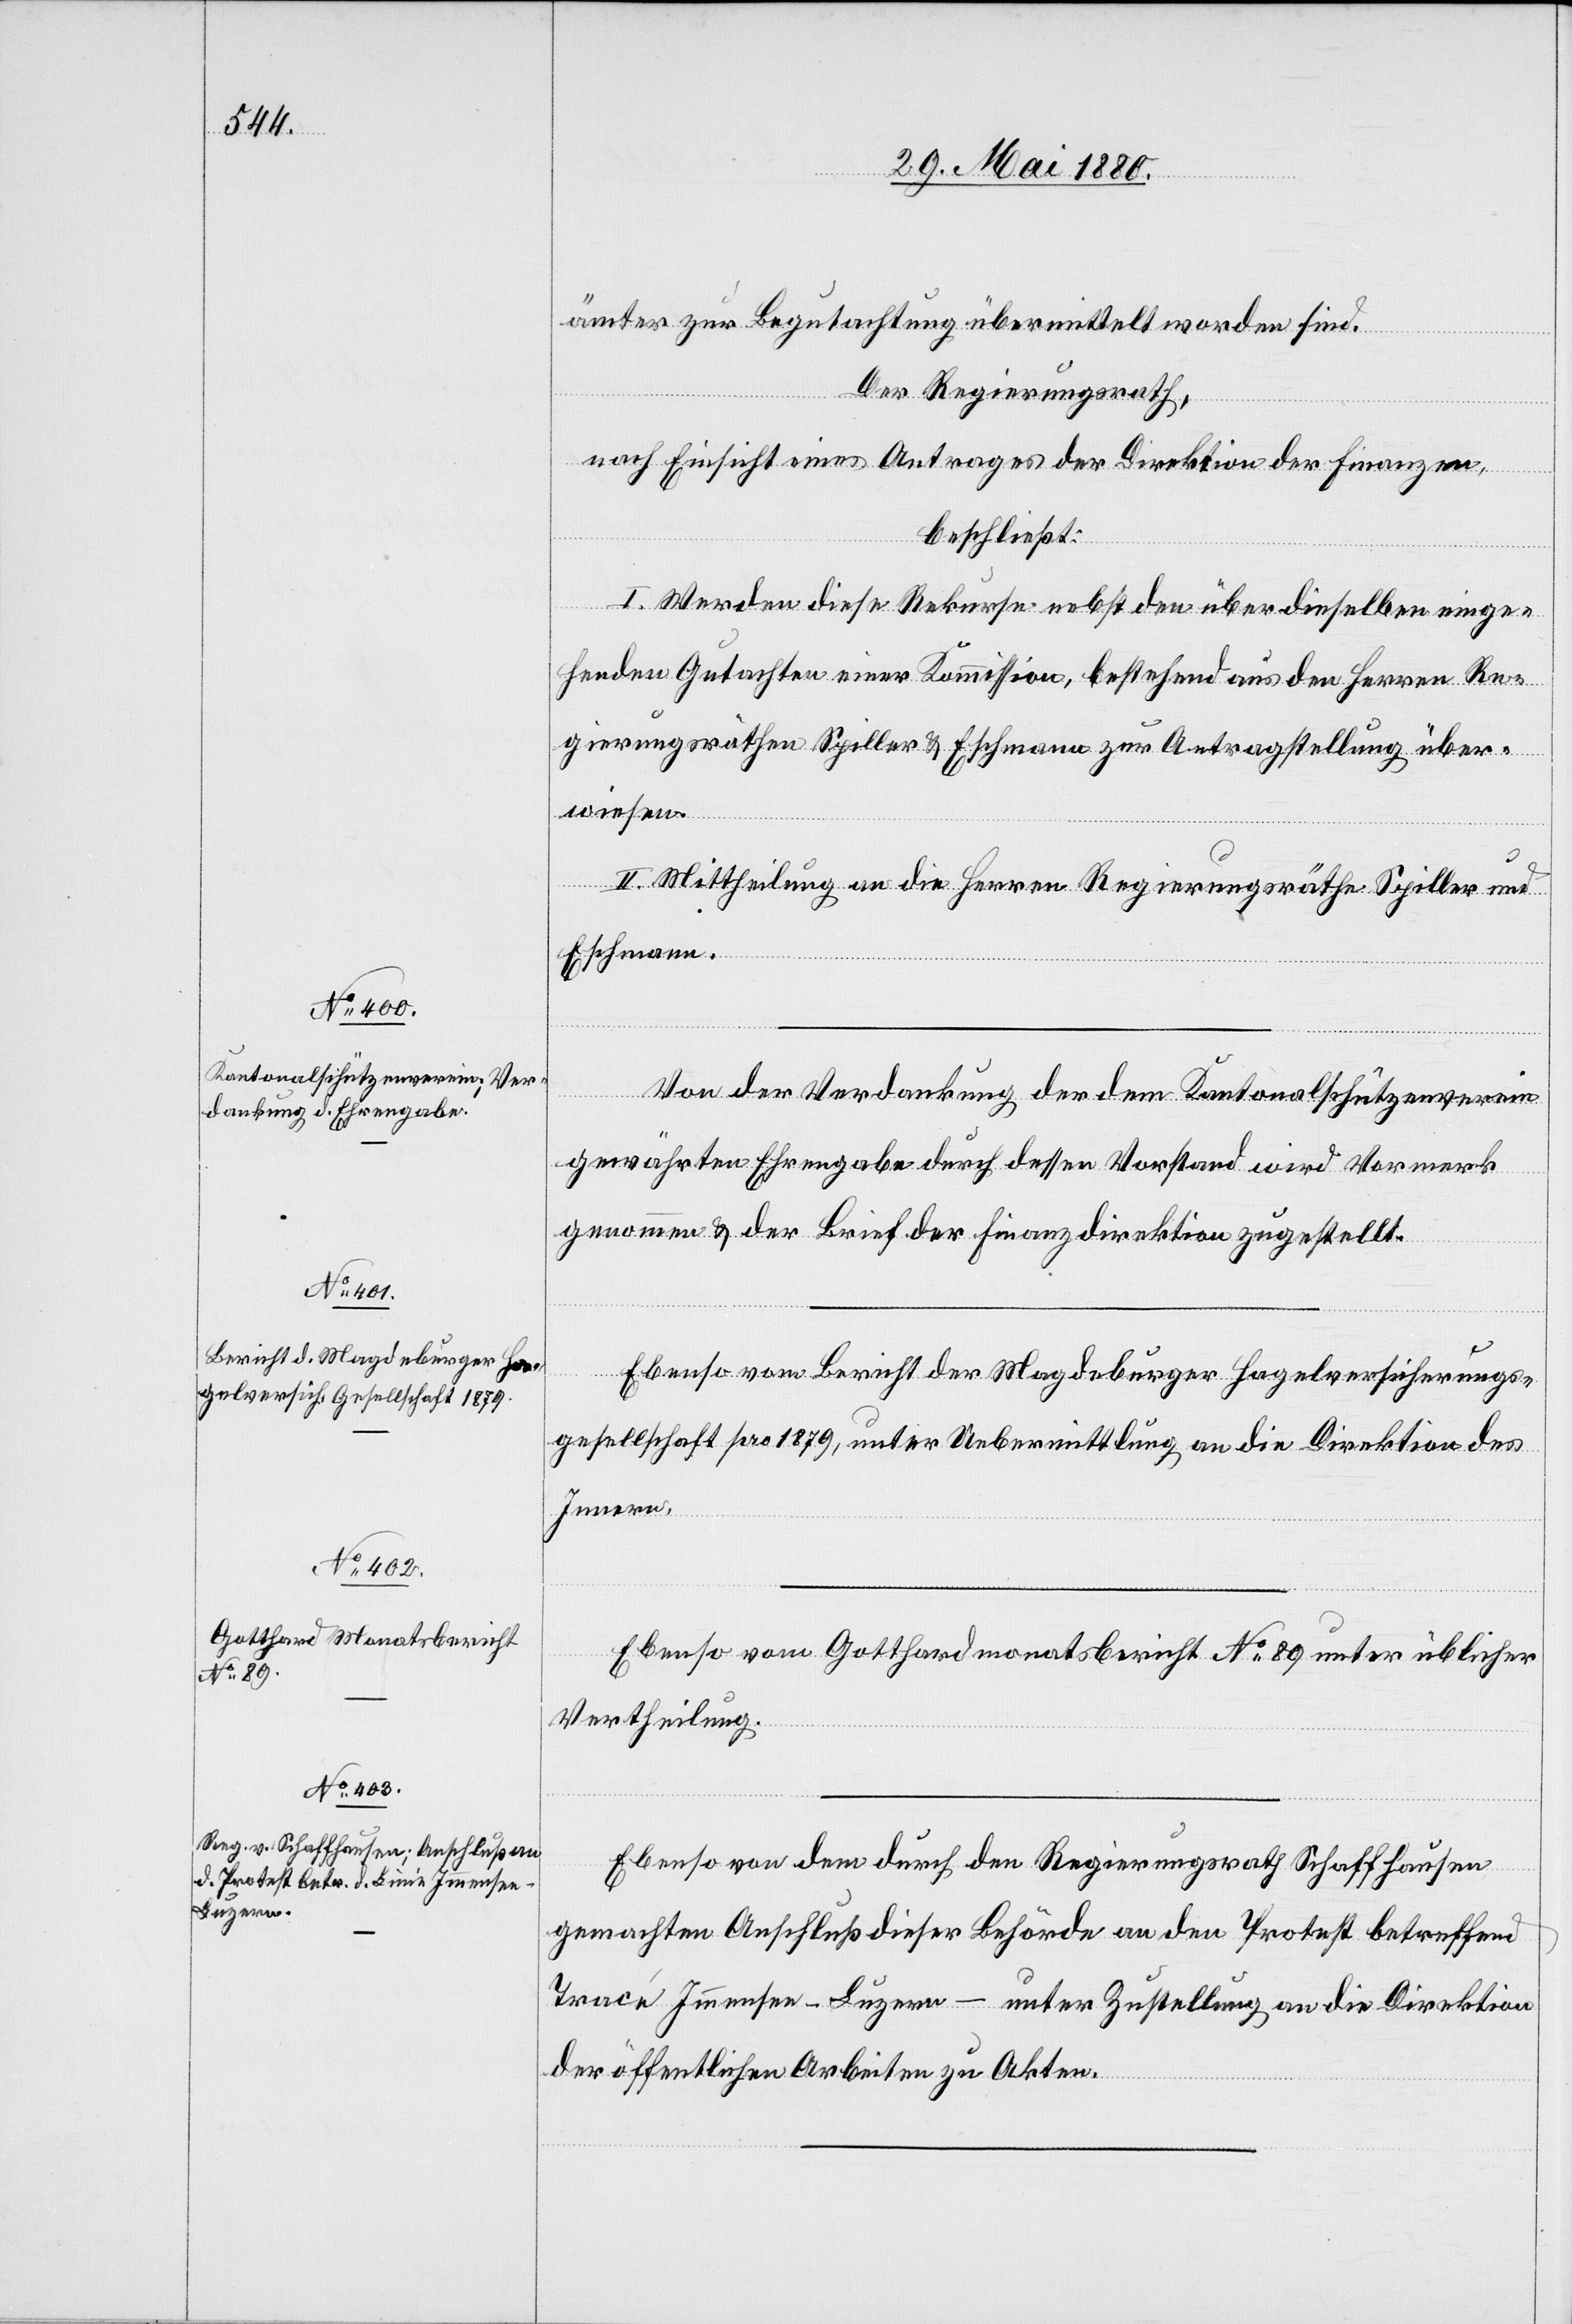
ämter zur Begutachtung übermittelt worden sind.
Der Regierungsrath,
nach Einsicht eines Antrages der Direktion der Finanzen,
beschließt:
I. Werden diese Rekurse nebst den über dieselben einge¬
henden Gutachten einer Kommission, bestehend aus den Herren Re¬
gierungsräthen Spiller & Eschmann zur Antragstellung über¬
wiesen.
II. Mittheilung an die Herren Regierungsräthe Spiller und
Eschmann.
Von der Verdankung der dem Kantonalschützenverein
gewährten Ehrengabe durch dessen Vorstand wird Vormerk
[For¬
genommen & der Brief der Finanzdirektion zugestellt.
Ebenso vom Bericht der Magdeburger Hagelversicherungs¬
gesellschaft pro 1879, unter Uebermittlung an die Direktion des
Innern.
tsetz¬
Ebenso vom Gotthardmonatsbericht No 89 unter üblicher
Vertheilung.
Ebenso von dem durch den Regierungsrath Schaffhausen
gemachten Anschluß dieser Behörde an den Protest betreffend
Tracé Immensee–Luzern – unter Zustellung an die Direktion
der öffentlichen Arbeiten zu Akten.

ung